65_HS1-834228961_62-HQ-83894_Serial_164
Agency: FBI
Page 130
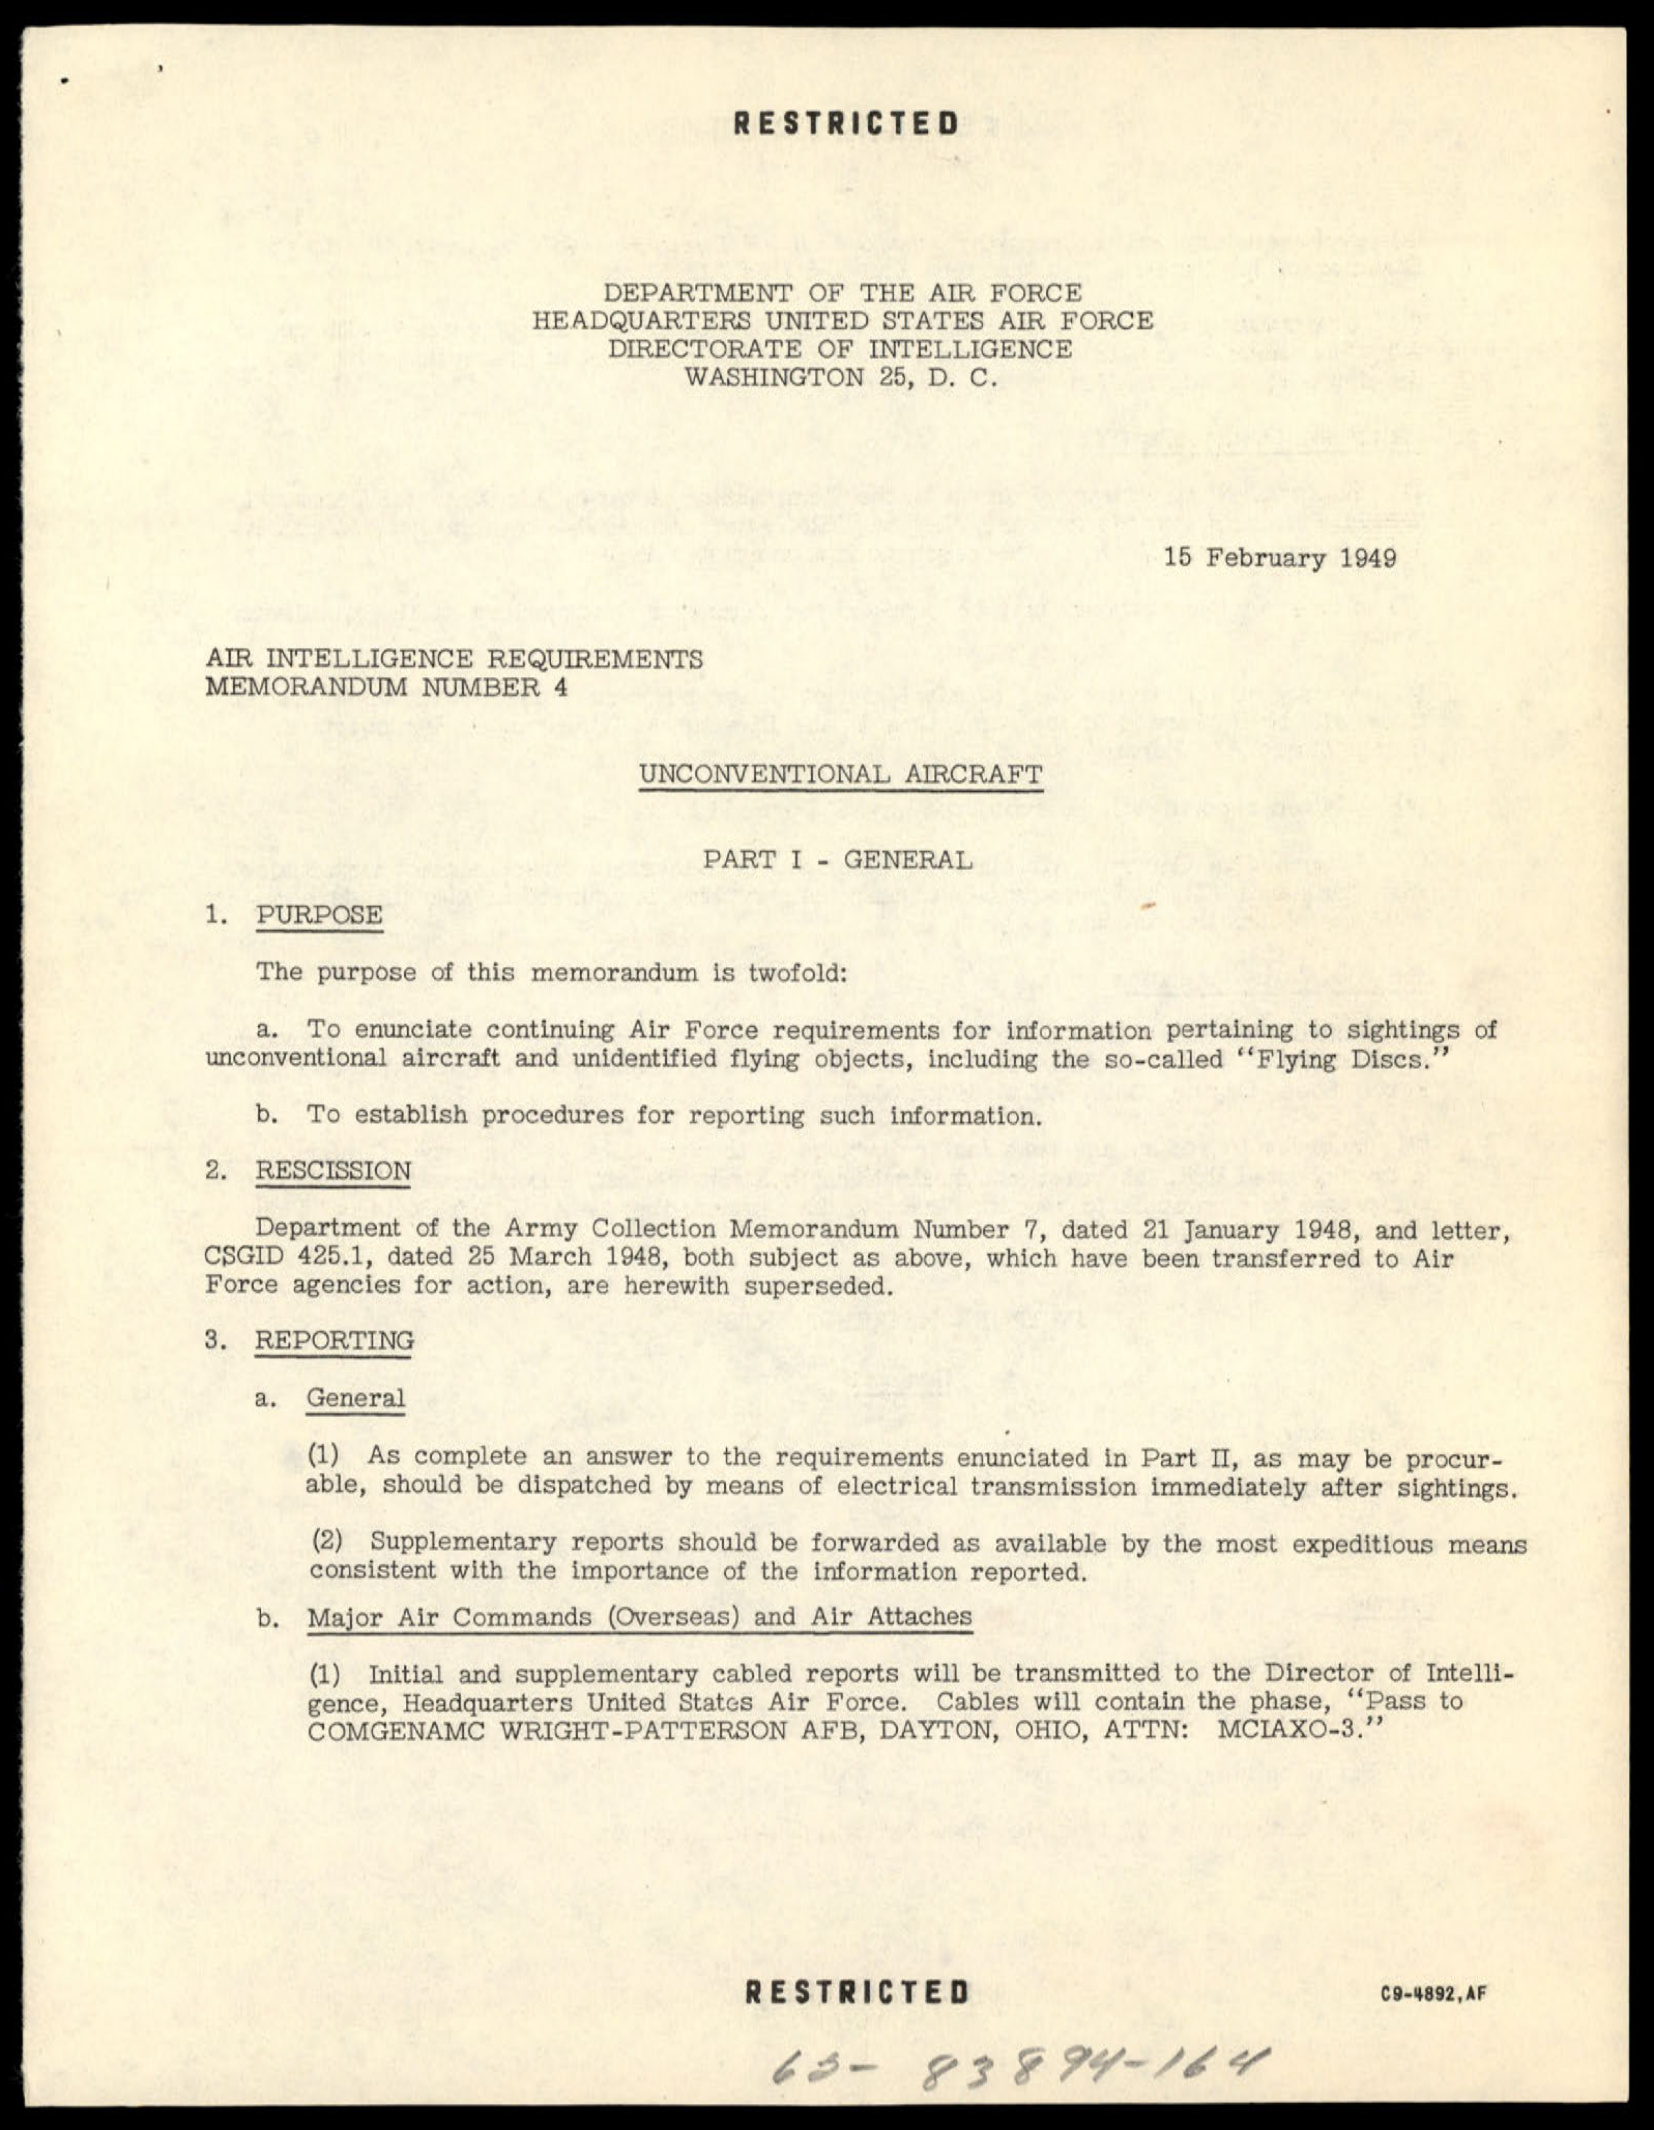